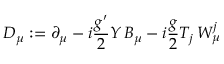
D _ { \mu } : = \partial _ { \mu } - i { \frac { g ^ { \prime } } { 2 } } Y \, B _ { \mu } - i { \frac { g } { 2 } } T _ { j } \, W _ { \mu } ^ { j }